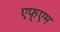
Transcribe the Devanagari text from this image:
एफ्एम